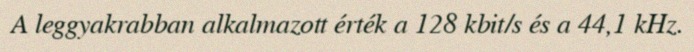
A leggyakrabban alkalmazott érték a 128 kbit/s és a 44,1 kHz.